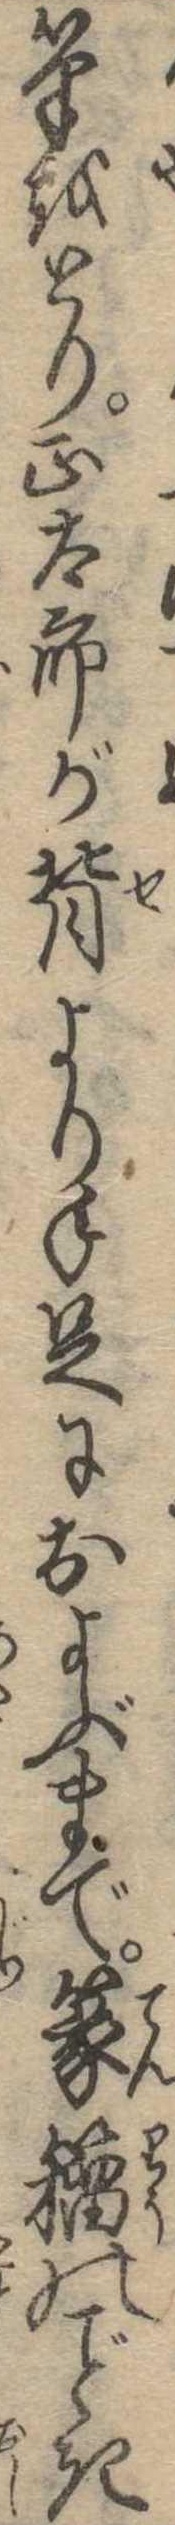
筆をとり正太郎が背より手足におよぶまで篆のき